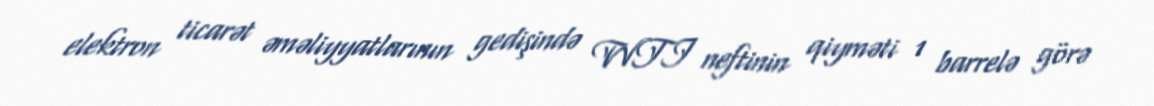
elektron ticarət əməliyyatlarının gedişində WTI neftinin qiyməti 1 barrelə görə